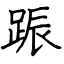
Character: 䟴